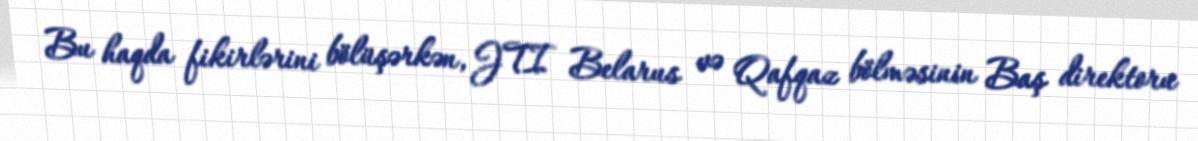
Bu haqda fikirlərini bölüşərkən, JTI Belarus və Qafqaz bölməsinin Baş direktoru